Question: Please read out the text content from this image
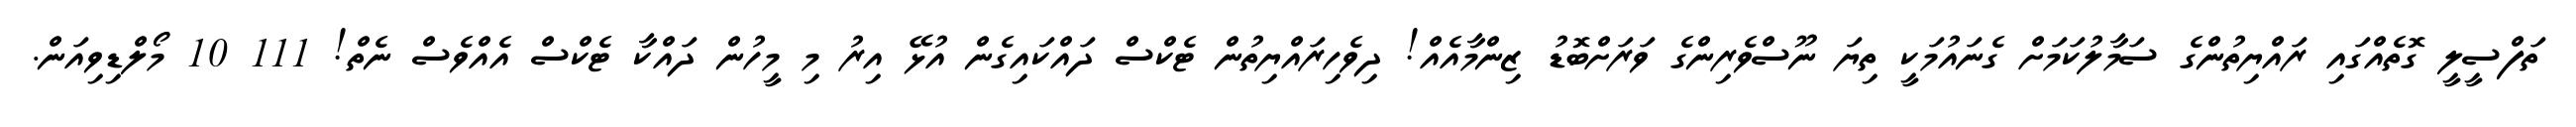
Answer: ތަފްސީލީ ގޮތެއްގައި ރައްޔިތުންގެ ސަމާލުކަމަށް ގެނައުމަކީ ތިޔަ ނޫސްވެރިންގެ ވަރަށްބޮޑު ޒިންމާއެއް! ދިވެހިރައްޔިތުން ޓެކްސް ދައްކައިގެން އުޅޭ އިރު މި މީހުން ދައްކާ ޓެކްސް އެއްވެސް ނެތް! 111 10 މޯލްޑިވިއަން.